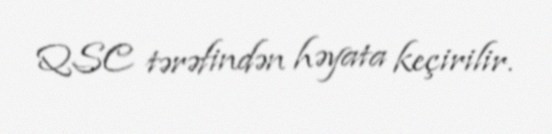
QSC tərəfindən həyata keçirilir.